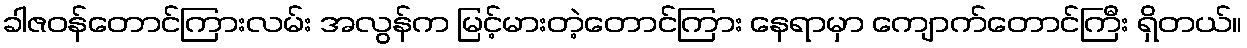
ခါဇဝန်တောင်ကြားလမ်း အလွန်က မြင့်မားတဲ့တောင်ကြား နေရာမှာ ကျောက်တောင်ကြီး ရှိတယ်။